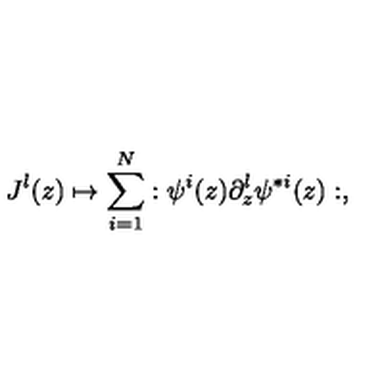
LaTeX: J ^ { l } ( z ) \mapsto \sum _ { i = 1 } ^ { N } : \psi ^ { i } ( z ) \partial _ { z } ^ { l } \psi ^ { * i } ( z ) : ,